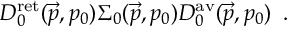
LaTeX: D _ { 0 } ^ { \mathrm { r e t } } ( \vec { p } , p _ { 0 } ) \Sigma _ { 0 } ( \vec { p } , p _ { 0 } ) D _ { 0 } ^ { \mathrm { a v } } ( \vec { p } , p _ { 0 } ) \, \, \, .